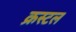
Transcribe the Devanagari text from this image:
क्रस्टल